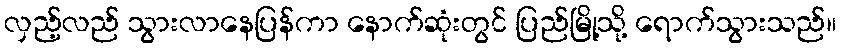
လှည့်လည် သွားလာနေပြန်ကာ နောက်ဆုံးတွင် ပြည်မြို့သို့ ရောက်သွားသည်။